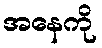
အနေကို